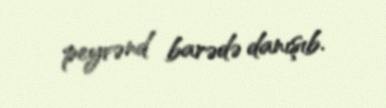
peyvənd barədə danışıb.